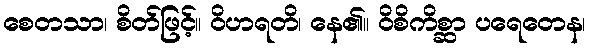
စေတသာ၊ စိတ်ဖြင့်။ ဝိဟရတိ၊ နေ၏။ ဝိစိကိစ္ဆာ ပရေတေန၊